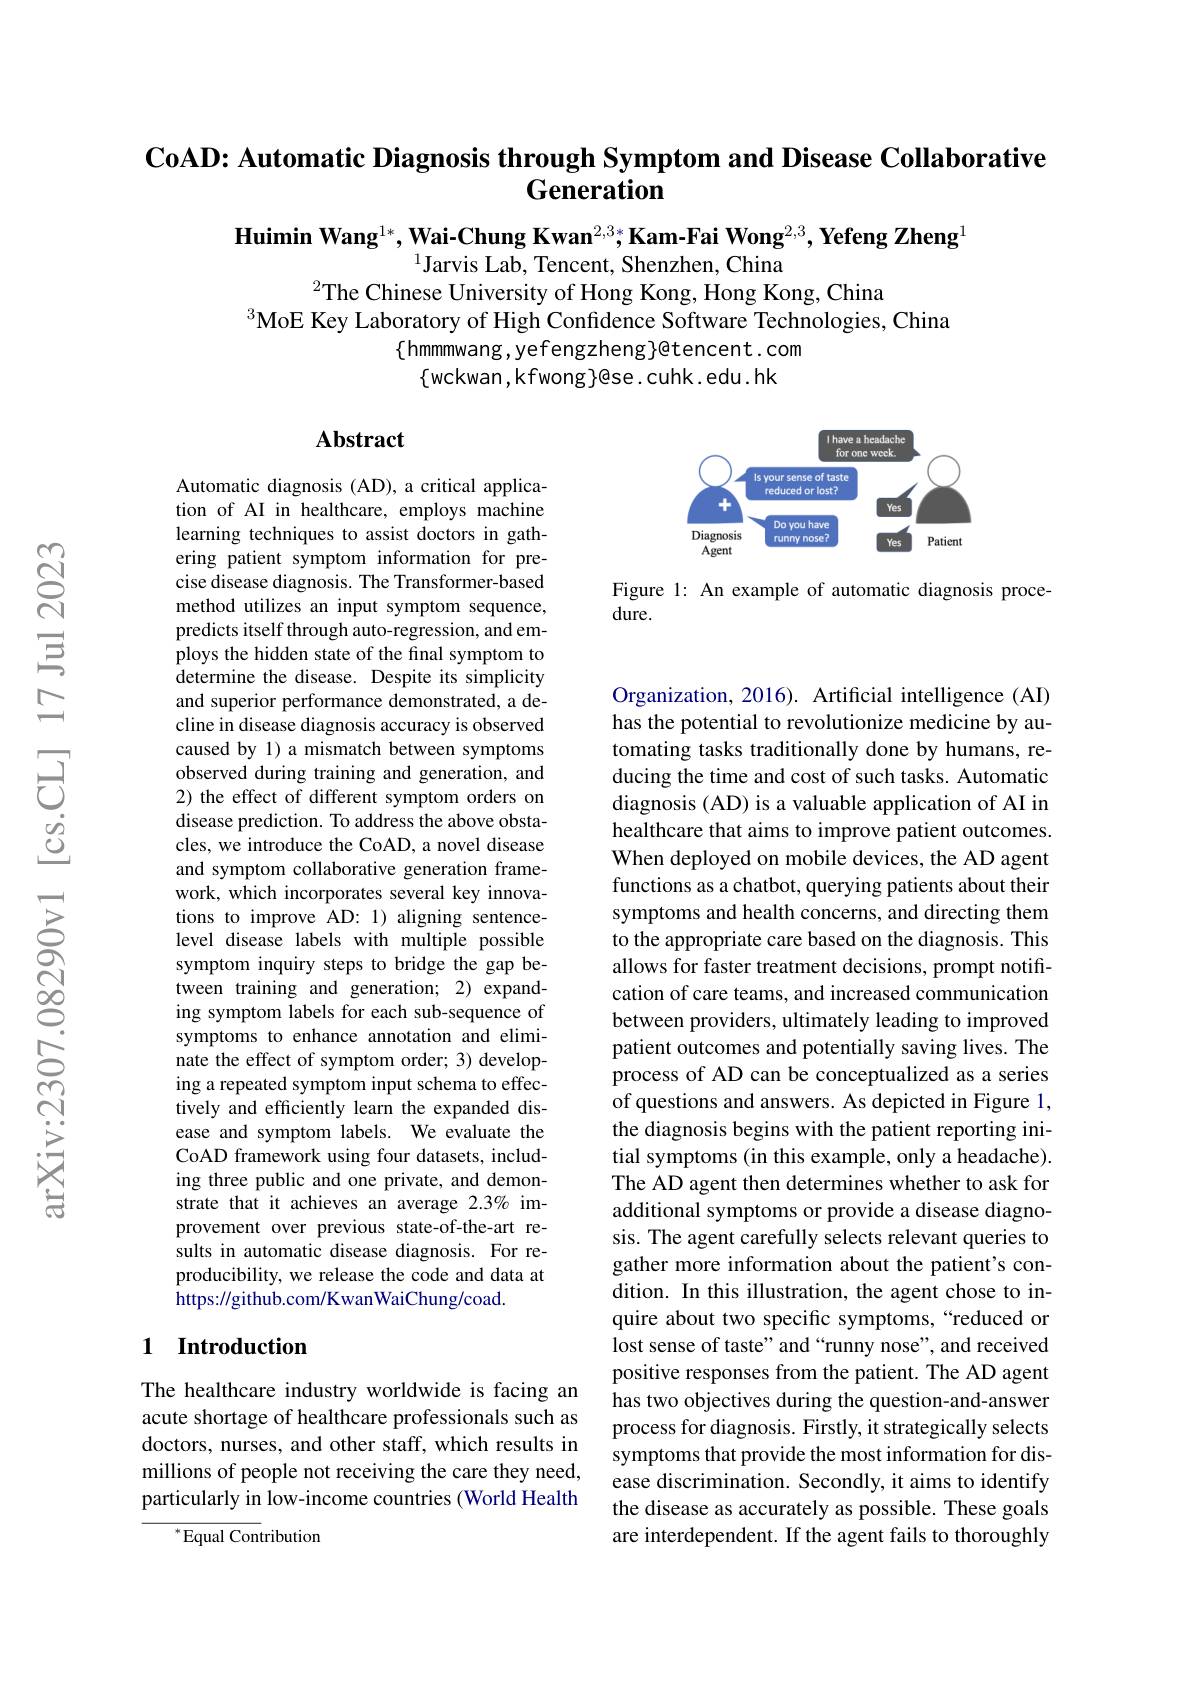
CoAD: Automatic Diagnosis through Symptom and Disease Collaborative
# Generation

$\textbf{Huimin Wang}^{1*},\textbf{Wai-Chung Kwan}^{2,3*};\textbf{Kam-Fai Wong}^{2,3},\textbf{Yefeng Zheng}^{1}$
$^{1}$Jarvis Lab, Tencent, Shenzhen, China
$^{2}$The Chinese University of Hong Kong, Hong Kong, China
$^3$MoE Key Laboratory of High Confidence Software Technologies, China
$\{$hmmmwang,yefengzheng}@tencent.com
$\{$wckwan,kfwong$\}$@se.cuhk.edu.hk

## Abstract

<FigureHere>

Figure 1: An example of automatic diagnosis proce-
dure.

Automatic diagnosis (AD), a critical application of AI in healthcare, employs machine learning techniques to assist doctors in gathering patient symptom information for precise disease diagnosis. The Transformer-based method utilizes an input symptom sequence, predicts itself through auto-regression, and employs the hidden state of the final symptom to determine the disease. Despite its simplicity and superior performance demonstrated, a decline in disease diagnosis accuracy is observed caused by 1) a mismatch between symptoms observed during training and generation, and 2) the effect of different symptom orders on disease prediction. To address the above obstacles, we introduce the CoAD, a novel disease and symptom collaborative generation framework, which incorporates several key innovations to improve AD: 1) aligning sentencelevel disease labels with multiple possible symptom inquiry steps to bridge the gap between training and generation; 2) expanding symptom labels for each sub-sequence of symptoms to enhance annotation and eliminate the effect of symptom order; 3) developing a repeated symptom input schema to effectively and efficiently learn the expanded disease and symptom labels. We evaluate the CoAD framework using four datasets, including three public and one private, and demonstrate that it achieves an average 2.3% improvement over previous state-of-the-art results in automatic disease diagnosis. For reproducibility, we release the code and data at https://github.com/KwanWaiChung/coad.

Organization, 2016). Artificial intelligence (AI) has the potential to revolutionize medicine by automating tasks traditionally done by humans, reducing the time and cost of such tasks. Automatic diagnosis (AD) is a valuable application of AI in healthcare that aims to improve patient outcomes. When deployed on mobile devices, the AD agent functions as a chatbot, querying patients about their symptoms and health concerns, and directing them to the appropriate care based on the diagnosis. This allows for faster treatment decisions, prompt notification of care teams, and increased communication between providers, ultimately leading to improved patient outcomes and potentially saving lives. The process of AD can be conceptualized as a series of questions and answers. As depicted in Figure 1, the diagnosis begins with the patient reporting initial symptoms (in this example, only a headache). The AD agent then determines whether to ask for additional symptoms or provide a disease diagnosis. The agent carefully selects relevant queries to gather more information about the patient's condition. In this illustration, the agent chose to inquire about two specific symptoms,“reduced or lost sense of taste" and “runny nose”, and received positive responses from the patient. The AD agent has two objectives during the question-and-answer process for diagnosis. Firstly, it strategically selects symptoms that provide the most information for disease discrimination. Secondly, it aims to identify the disease as accurately as possible. These goals are interdependent. If the agent fails to thoroughly

### 1 Introduction

The healthcare industry worldwide is facing an acute shortage of healthcare professionals such as doctors, nurses, and other staff, which results in millions of people not receiving the care they need, particularly in low-income countries (World Health

${^*}{\mathrm{Equal~Con}}$tribution